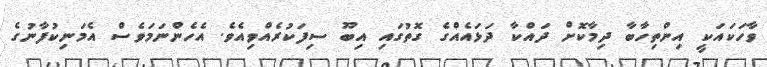
ވާހަކައަކީ އިންތިހާބާ ދިމާކޮށް ދައްކާ ދަޅައެއްގެ ގޮތުގައި އިބޫ ސިފަކުރެއްވިއެވެ. އެހެންނަމަވެސް އެމަނިކުފާނުގެ